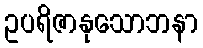
ဥပရိဇာနုသောဘနာ